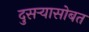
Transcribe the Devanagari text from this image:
दुसऱ्यासोबत